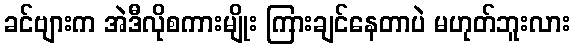
ခင်ဗျားက အဲဒီလိုစကားမျိုး ကြားချင်နေတာပဲ မဟုတ်ဘူးလား